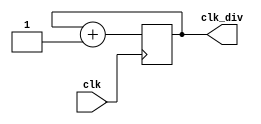
module Clock_Divider(clk, clk_div);
    parameter n = 1;
    input clk;
    output clk_div;
   
    reg [n-1:0] num;
    wire [n-1:0] num_next;
   
    assign num_next = num + 1;
    assign clk_div = num[n-1];

    always @(posedge clk) begin
        num <= num_next;
    end
endmodule

module Pipe_clk_div(clk, clk_div);
    input clk;
    output clk_div;
   
    reg [19:0] num;
    wire [19:0] num_next;
   
    assign num_next = (num[19] && num[16] && num[17]) ? 20'd0 : num + 1;
    assign clk_div = (num[19] && num[16] && num[17]);

    always @(posedge clk) begin
        num <= num_next;
    end
endmodule



module debounce (pb_debounced, pb, clk);
  output pb_debounced;      // signal of a pushbutton after being debounced
  input  pb;                       // signal from a pushbutton
  input  clk;          
 
  reg [3:0] DFF;                       // use shift_reg to filter pushbutton bounce
  always @(posedge clk)
    begin
      DFF[3:1] <= DFF[2:0];
      DFF[0]   <= pb;
    end
  assign pb_debounced = &DFF;
endmodule

module onepulse (PB_debounced, clk, PB_one_pulse);
  input    PB_debounced;
  input    clk;
  output  PB_one_pulse;
  reg    PB_one_pulse;
  reg    PB_debounced_delay;
  always @(posedge clk) begin
      PB_one_pulse <= PB_debounced & (! PB_debounced_delay);
      PB_debounced_delay <= PB_debounced;
  end
endmodule

module clk_expander(in, clk_q, out);
    input in, clk_q;
    output out;
    reg out = 1'b0;
    reg [3:0] count = 4'd0;

    always @(posedge clk_q) begin
        if (count == 4'd15) begin
            out <= 1'd0;
            count <= 4'd0;
        end
        else if (in == 1'b1) begin
            count <= count + 1;
            out <= 1'b1;
        end
        else if (out == 1'b1)
            count <= count + 1;
        else begin
            count <= 4'd0;
            out <= 1'b0;
        end
    end
endmodule